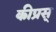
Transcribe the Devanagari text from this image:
कीप्रस्